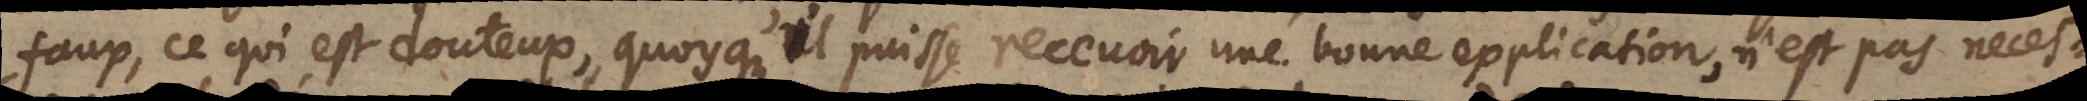
faux, ce qui est douteux, quoyqu’il puisse recevoir une bonne explication, n’est pas neces-